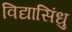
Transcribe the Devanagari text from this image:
विद्यासिंधु